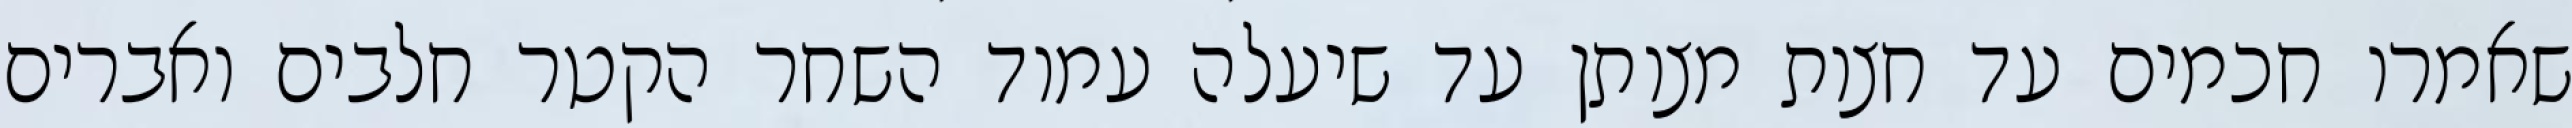
שאמרו חכמים עד חצות מצותן עד שיעלה עמוד השחר הקטר חלבים ואברים